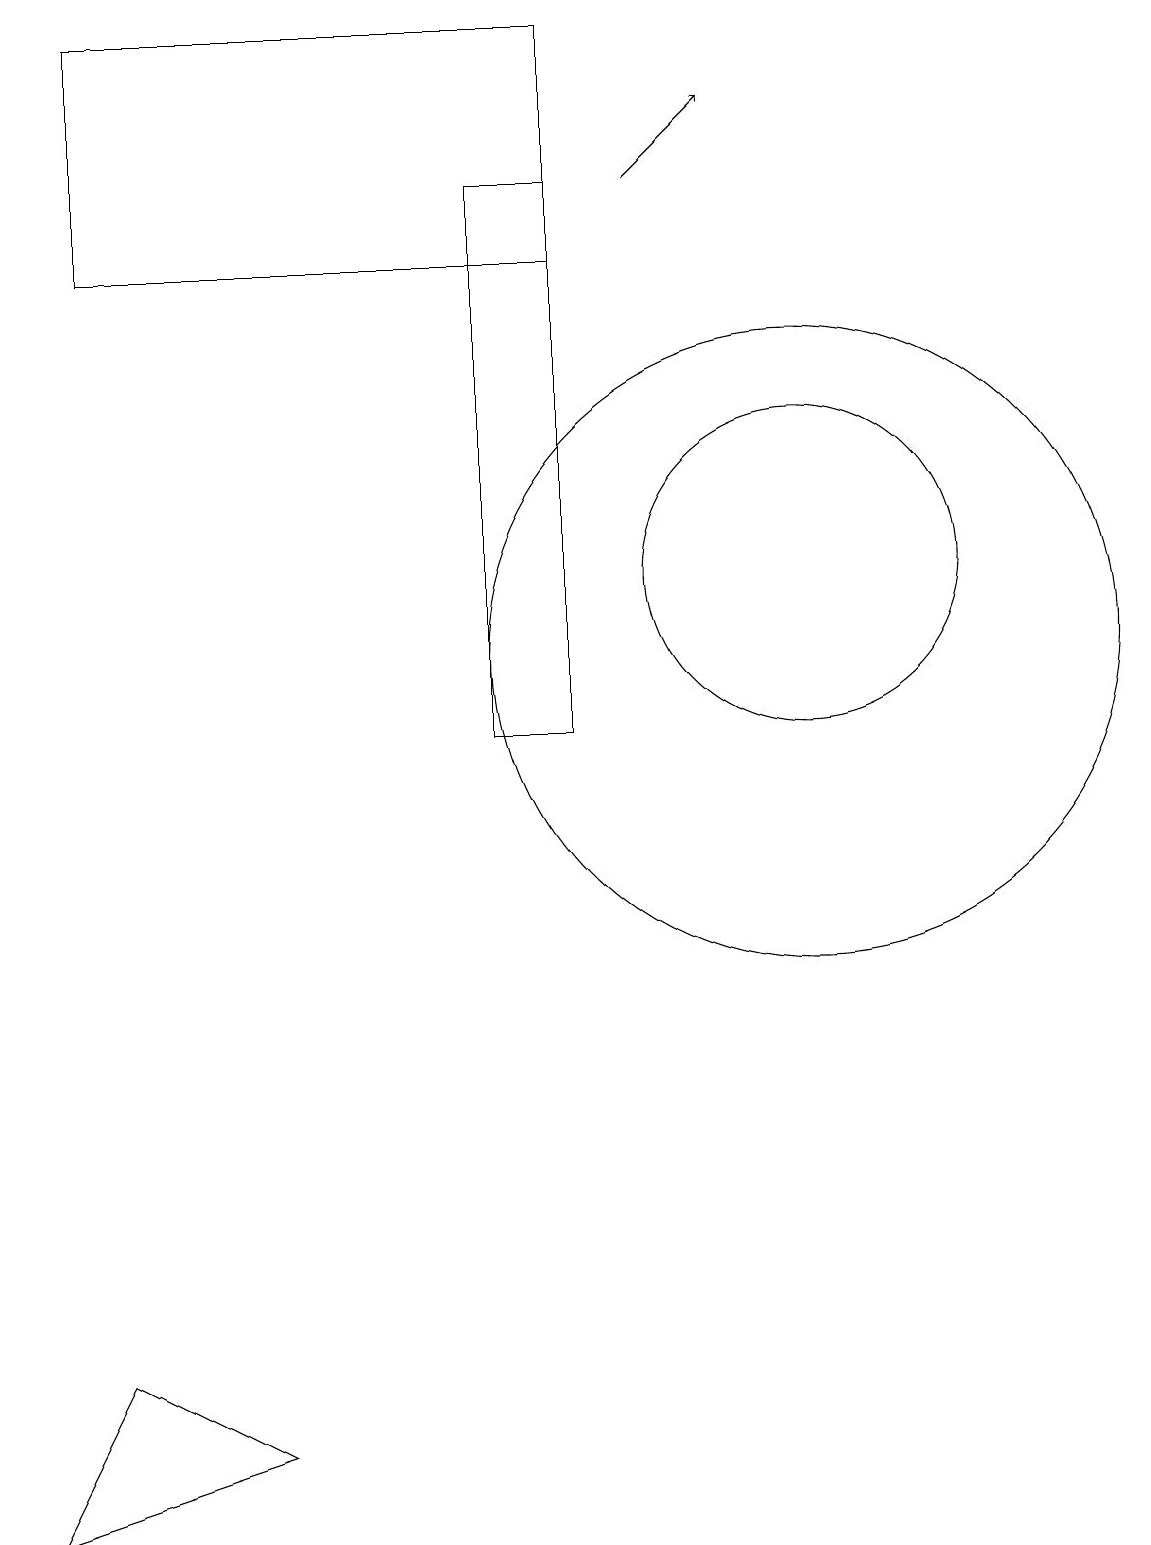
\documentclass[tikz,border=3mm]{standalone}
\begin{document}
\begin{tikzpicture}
\draw (6,17) rectangle (7,10);
\draw (10,12) circle (2);
\draw (7,19) rectangle (1,16);
\draw (11,12) circle (0);
\draw (3,1) -- (1,2) -- (0,0) -- cycle;
\draw[->] (8,17) -- (9,18);
\draw (10,11) circle (4);
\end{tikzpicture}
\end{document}